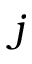
j